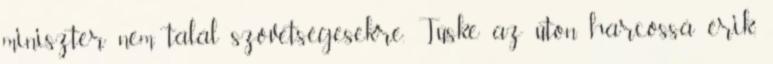
miniszter nem talál szövetségesekre. Tüske az úton harcossá érik,